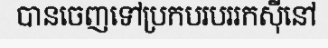
បានចេញទៅប្រកបរបររកស៊ីនៅ